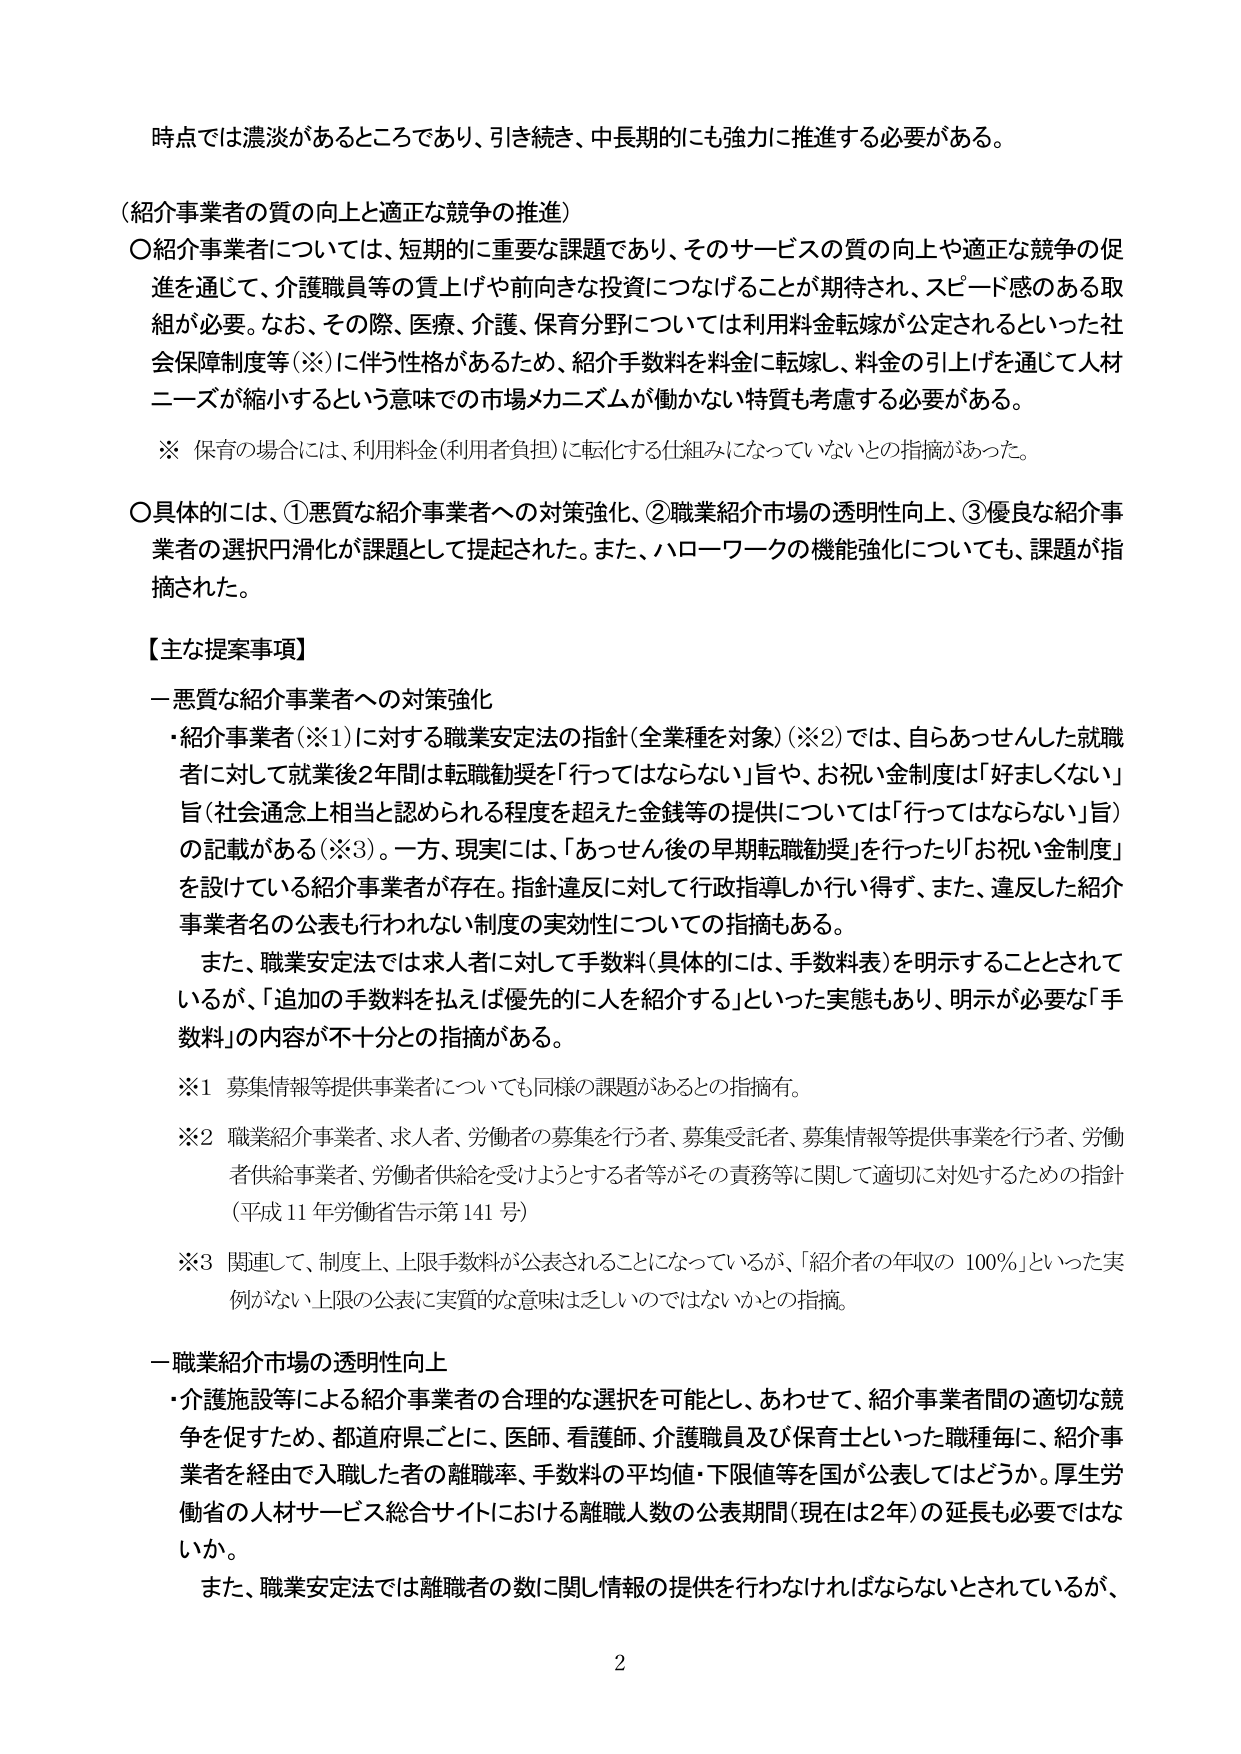
時点では濃淡があるところであり、引き続き、中長期的にも強力に推進する必要がある。

（紹介事業者の質の向上と適正な競争の推進）
〇紹介事業者については、短期的に重要な課題であり、そのサービスの質の向上や適正な競争の促進を通じて、介護職員等の質上げや前向きな投資につなげることが期待され、スピード感のある取組が必要。なお、その際、医療、介護、保育分野については利用料金転嫁が公定されるといった社会保障制度等（※）に伴う性格があるため、紹介手数料を料金に転嫁し、料金の引上げを通じて人材ニーズが縮小するという意味での市場メカニズムが働かない特質も考慮する必要がある。

※ 保育の場合には、利用料金（利用者負担）に転化する仕組みになっていないとの指摘があった。

〇具体的には、①悪質な紹介事業者への対策強化、②職業紹介市場の透明性向上、③優良な紹介事業者の選択円滑化が課題として提起された。また、ハローワークの機能強化についても、課題が指摘された。

【主な提案事項】

一 悪質な紹介事業者への対策強化
・紹介事業者（※1）に対する職業安定法の指針（全業種を対象）（※2）では、自らあっせんした就職者に対して就職後2年間は転職勧奨を「行ってはならない」旨や、お祝い金制度は「好ましくない」旨（社会通念上相当と認められる程度を超えた金銭等の提供については「行ってはならない」旨）の記載がある（※3）。一方、現実には、「あっせん後の早期転職勧奨」を行ったり「お祝い金制度」を設けている紹介事業者が存在。指針違反に対して行政指導しか行い得ず、また、違反した紹介事業者名の公表も行われない制度の実効性についての指摘もある。
　また、職業安定法では求人者に対して手数料（具体的には、手数料表）を明示することとされているが、「追加の手数料を払えば優先的に人を紹介する」といった実態もあり、明示が必要な「手数料」の内容が不十分との指摘がある。

※1 募集情報等提供事業者についても同様の課題があるとの指摘有。
※2 職業紹介事業者、求人者、労働者の募集を行う者、募集受託者、募集情報等提供事業を行う者、労働者供給事業者、労働者供給を受けようとする者等がその責務等に関して適切に対処するための指針（平成11年労働省告示第141号）
※3 関連して、制度上、上限手数料が公表されることになっているが、「紹介者の年収の100％」といった実例がない上限の公表に実質的な意味は乏しいのではないかとの指摘。

一 職業紹介市場の透明性向上
・介護施設等による紹介事業者の合理的な選択を可能とし、あわせて、紹介事業者間の適切な競争を促すため、都道府県ごとに、医師、看護師、介護職員及び保育士といった職種毎に、紹介事業者を経由で入職した者の離職率、手数料の平均値・下限値等を国が公表してはどうか。厚生労働省の人材サービス総合サイトにおける離職人数の公表期間（現在は2年）の延長も必要ではないか。
　また、職業安定法では離職者の数に関し情報の提供を行わなければならないとされているが、

2